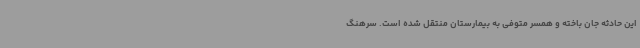
این حادثه جان باخته و همسر متوفی به بیمارستان منتقل شده است. سرهنگ